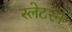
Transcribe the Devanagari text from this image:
स्लेटरने